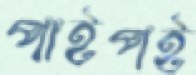
পাইপই